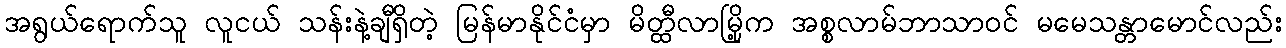
အရွယ်ရောက်သူ လူငယ် သန်းနဲ့ချီရှိတဲ့ မြန်မာနိုင်ငံမှာ မိတ္ထီလာမြို့က အစ္စလာမ်ဘာသာဝင် မမေသန္တာမောင်လည်း